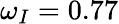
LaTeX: \omega_{I}=0.77